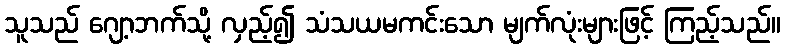
သူသည် ဂျော့ဘက်သို့ လှည့်၍ သံသယမကင်းသော မျက်လုံးများဖြင့် ကြည့်သည်။